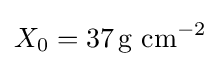
X_{0}=37\,{\text{g}}\ {\text{cm}}^{-2}